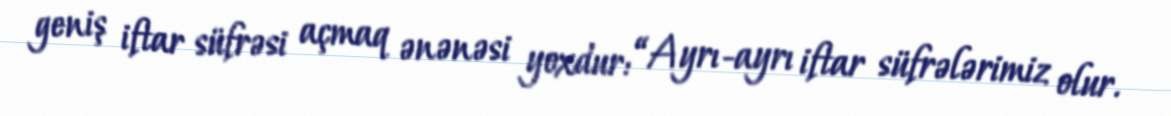
geniş iftar süfrəsi açmaq ənənəsi yoxdur: “Ayrı-ayrı iftar süfrələrimiz olur.